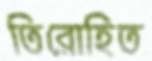
তিরোহিত